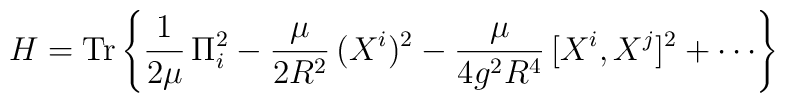
H={\rm Tr}\left\{\frac{1}{2\mu}\,\Pi_{i}^{2}-\frac{\mu}{2R^{2}}\,(X^{i})^{2}-\frac{\mu}{4g^{2}R^{4}}\,[X^{i},X^{j}]^{2}+\cdots\right\}